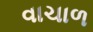
વાચાળ